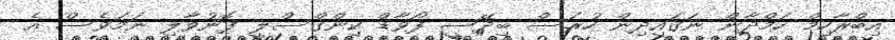
އިބްރާހިމް ހަމްދާން ނަގައިދިން ހުރަސް ބިދޭސީ ފޯވާޑް ކިންގްސްލީ ފޮނުވާލި ނަމަވެސް އެ